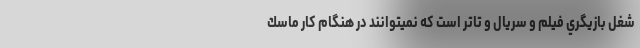
شغل بازيگري فيلم و سريال و تاتر است كه نميتوانند در هنگام كار ماسك